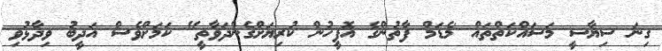
ގިނަ ސިޔާސީ މަަސައްކަތްތައް 'މެޑަމް ފާތުންގެ އޮފީހުން ކުރިޔަށްގެންދަވާތީ" ކަމަށްވެސް އަދީބު ވިދާޅުވި